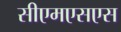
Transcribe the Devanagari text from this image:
सीएमएसएस